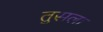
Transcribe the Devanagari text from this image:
तुसला